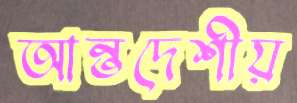
আন্তদেশীয়